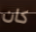
كان